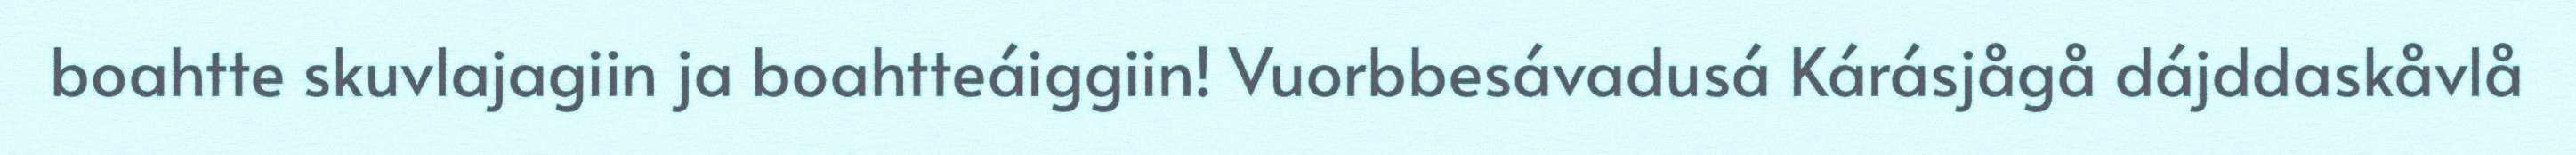
boahtte skuvlajagiin ja boahtteáiggiin! Vuorbbesávadusá Kárásjågå dájddaskåvlå